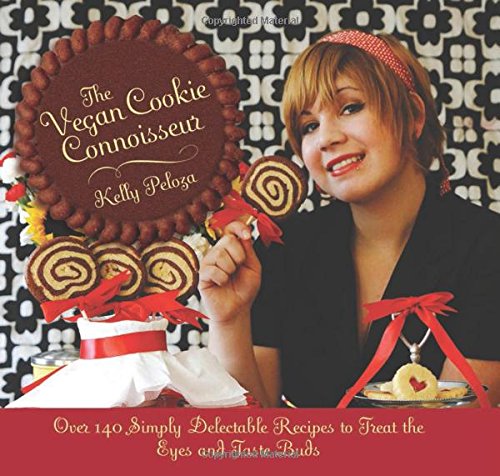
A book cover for The Vegan Cookie Connoisseur: Over 140 Simply Delicious Recipes That Treat the Eyes and Taste Buds; Kelly Peloza; Cookbooks, Food & Wine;